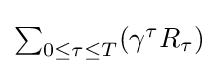
{\textstyle \sum _{0\leq \tau \leq T}(\gamma ^{\tau }R_{\tau })}